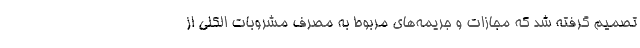
تصمیم گرفته شد که مجازات و جریمه‌های مربوط به مصرف مشروبات الکلی از